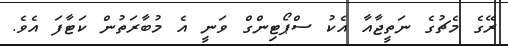
ރޭގެ މެޗުގެ ނަތީޖާއާ އެކު ސްޕޯޓިންގް ވަނީ އެ މުބާރަތުން ކަޓާފަ އެވެ.